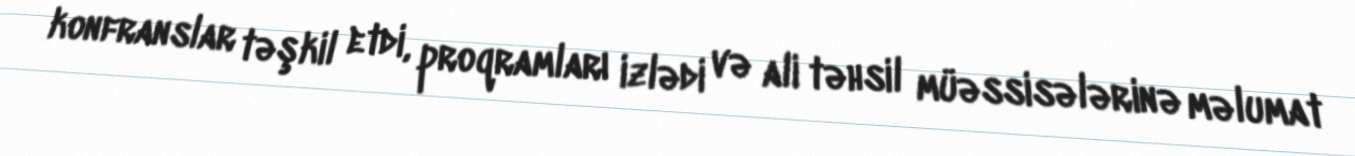
konfranslar təşkil etdi, proqramları izlədi və ali təhsil müəssisələrinə məlumat